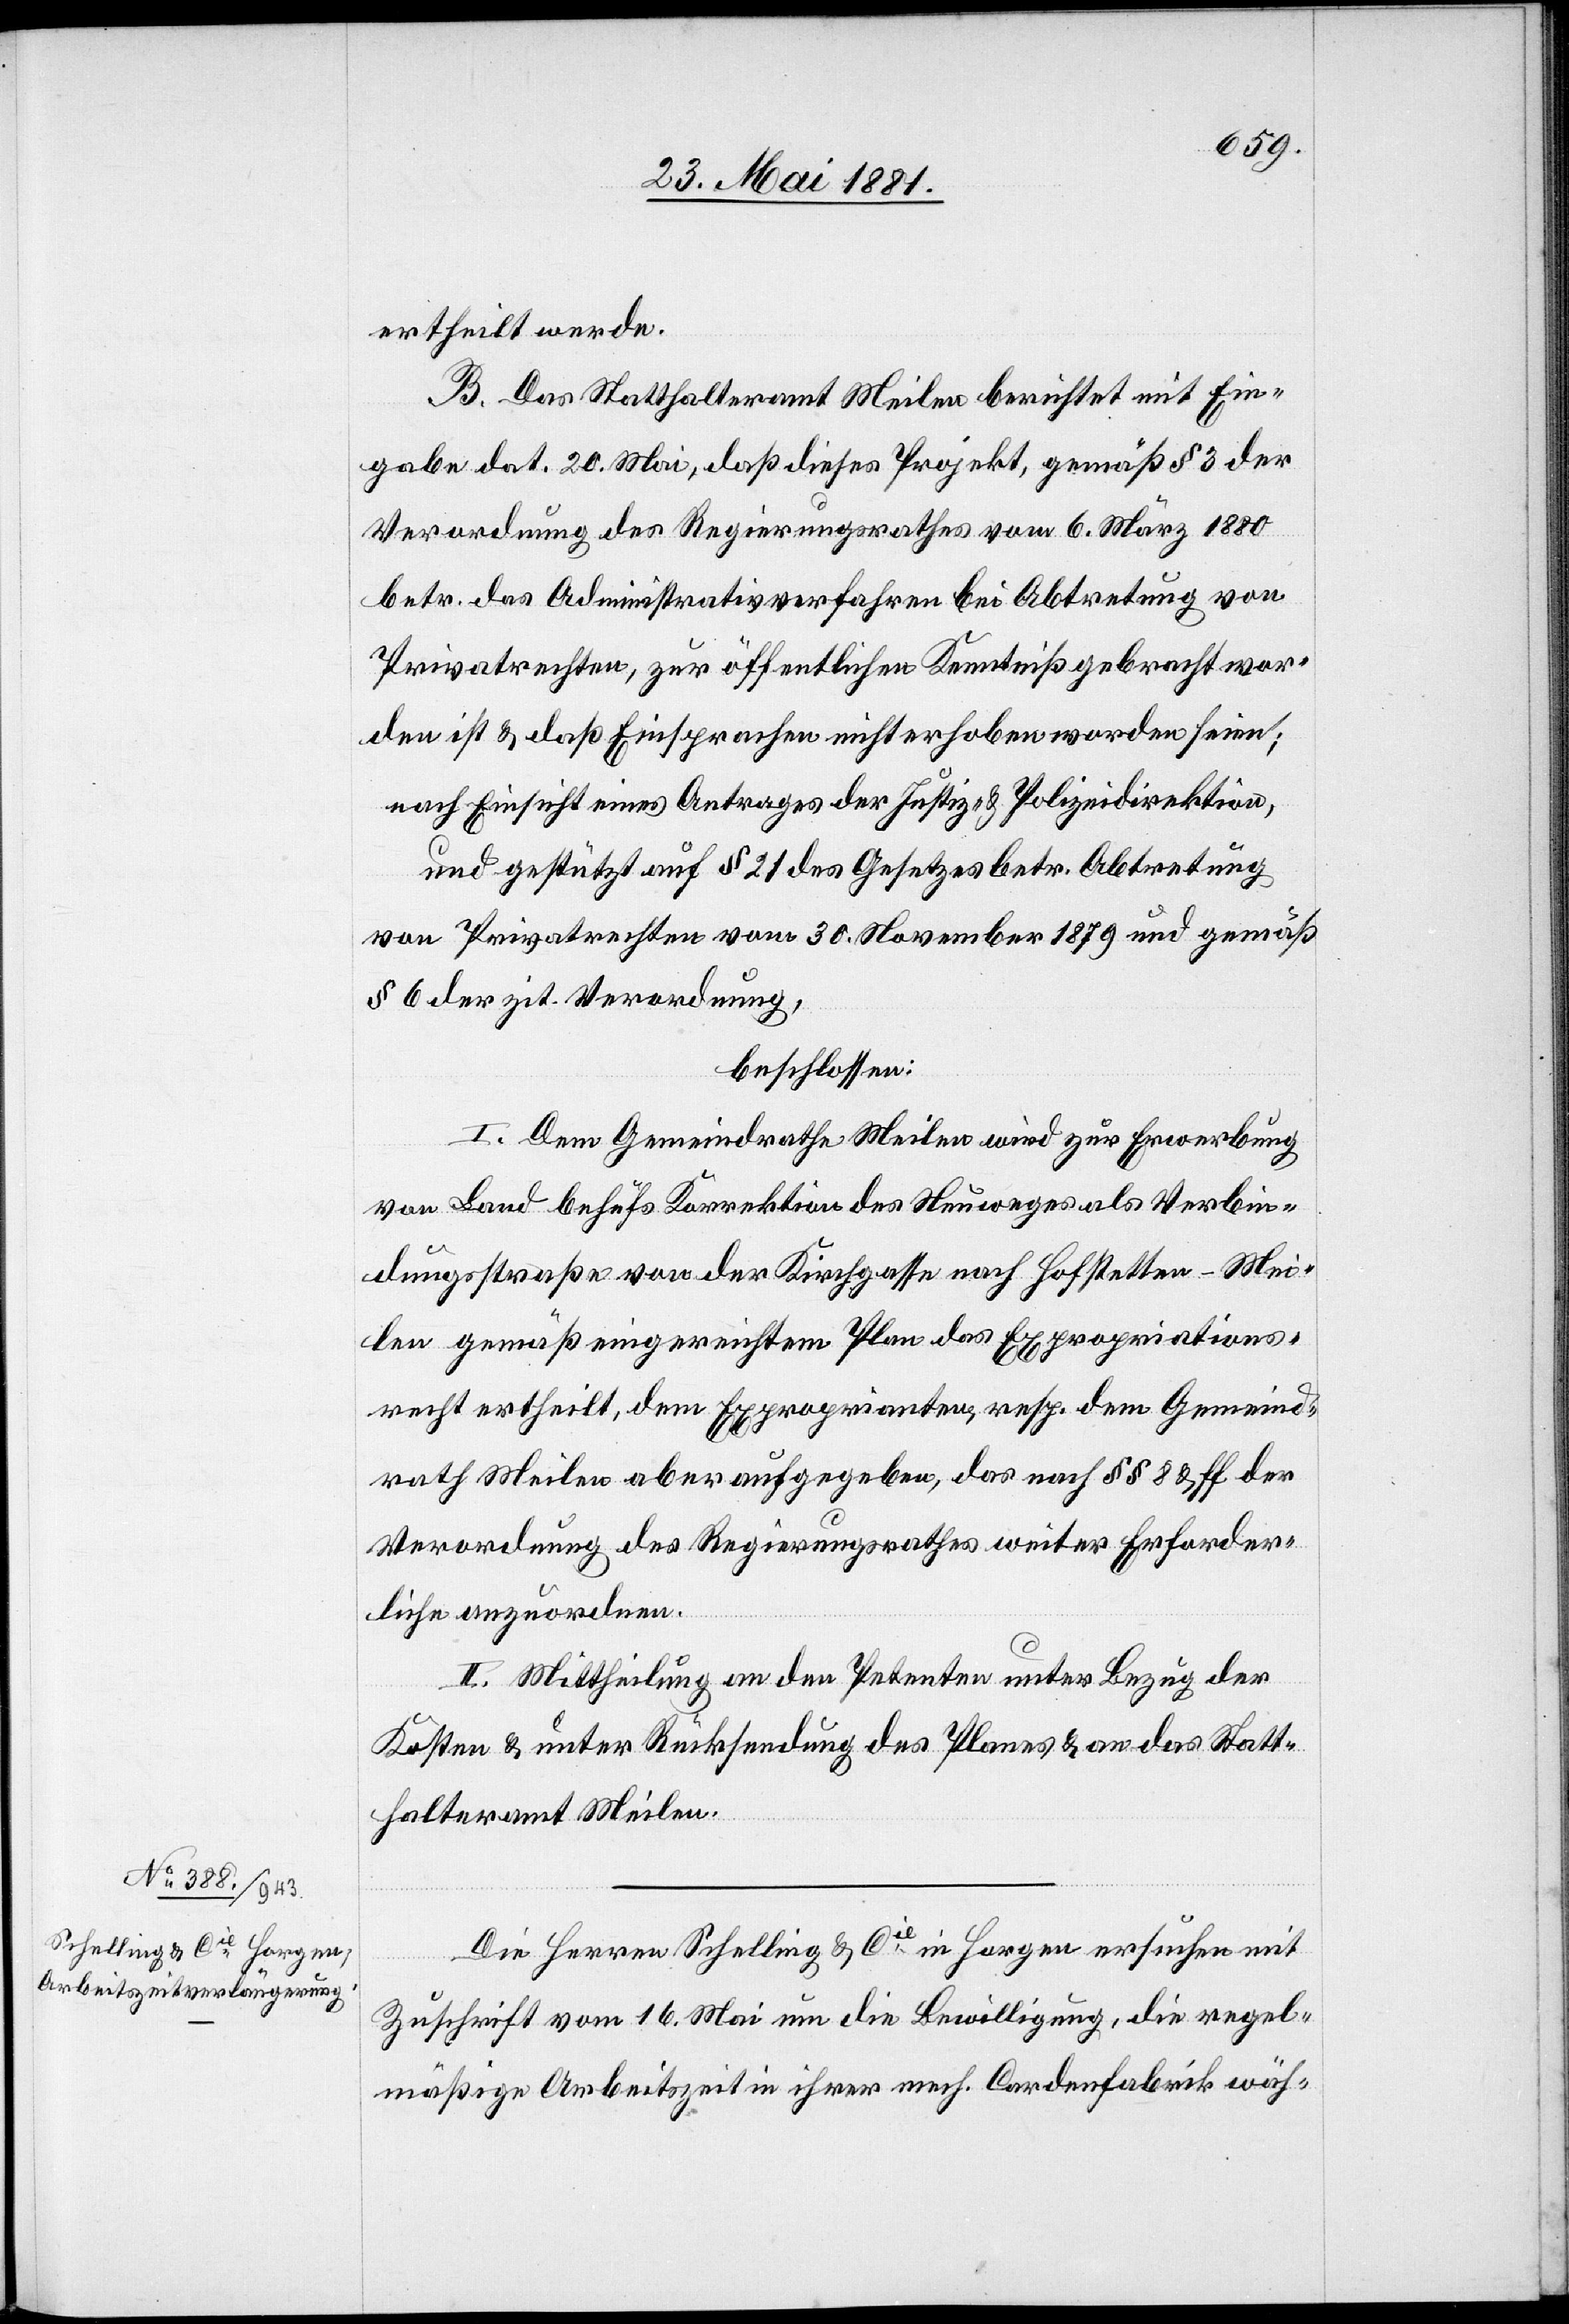
ertheilt werde.
B. Das Statthalteramt Meilen berichtet mit Ein¬
gabe dat. 20. Mai, daß dieses Projekt, gemäß § 3 der
Verordnung des Regierungsrathes vom 6. März 1880
betr. das Administrativverfahren bei Abtretung von
Privatrechten, zur öffentlichen Kenntniß gebracht wor¬
den ist & daß Einsprachen nicht erhoben worden seien;
nach Einsicht eines Antrages der Justiz- & Polizeidirektion,
und gestützt auf § 21 des Gesetzes betr. Abtretung
von Privatrechten vom 30. November 1879 und gemäß
§ 6 der zit. Verordnung,
beschloßen:
I. Dem Gemeindrathe Meilen wird zur Erwerbung
von Land behufs Korrektion des Neuweges als Verbin¬
dungsstraße von der Kirchgasse nach Hofstetten - Mei¬
len gemäß eingereichtem Plan das Expropriations¬
recht ertheilt, dem Exproprienten, resp. dem Gemeind¬
rath Meilen aber aufgegeben, das nach §§ 8 & ff der
Verordnung des Regierungsrathes weiter Erforder¬
liche anzuordnen.
II. Mittheilung an den Petenten unter Bezug der
Kosten & unter Rücksendung des Planes & an das Statt¬
halteramt Meilen.
Die Herren Schelling & Cie in Horgen ersuchen mit
Zuschrift vom 16. Mai um die Bewilligung, die regel¬
mäßige Arbeitszeit in ihrer mech. Cardenfabrik wäh-